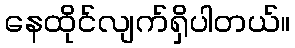
နေထိုင်လျက်ရှိပါတယ်။